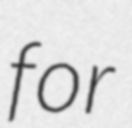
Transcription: for